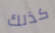
كذلك